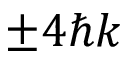
\pm 4 \hbar k